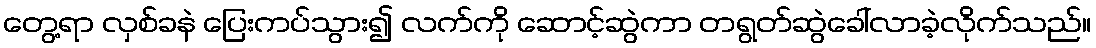
တွေ့ရာ လှစ်ခနဲ ပြေးကပ်သွား၍ လက်ကို ဆောင့်ဆွဲကာ တရွတ်ဆွဲခေါ်လာခဲ့လိုက်သည်။